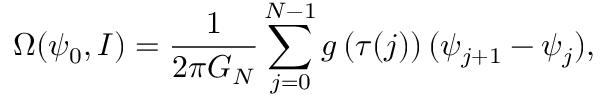
\Omega ( \psi _ { 0 } , I ) = \frac { 1 } { 2 \pi G _ { N } } \sum _ { j = 0 } ^ { N - 1 } g \left( \tau ( j ) \right) ( \psi _ { j + 1 } - \psi _ { j } ) ,